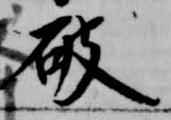
破